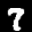
Label: 7